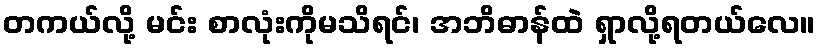
တကယ်လို့ မင်း စာလုံးကိုမသိရင်၊ အဘိဓာန်ထဲ ရှာလို့ရတယ်လေ။